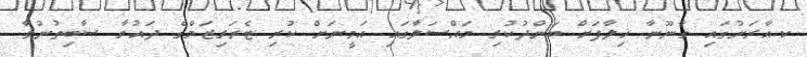
ކ.އާރަށުގައި ގާނޫނާ ޚިލާފަށް ބަންދުކުރި މައްސަލާގައި އަމީނަށް ކުރި ޓެރަރިޒަމްގެ ދައުވާ ސާބިތުނުވާ